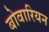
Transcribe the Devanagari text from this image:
बोवारियन